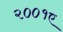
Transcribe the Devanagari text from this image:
२००१ए